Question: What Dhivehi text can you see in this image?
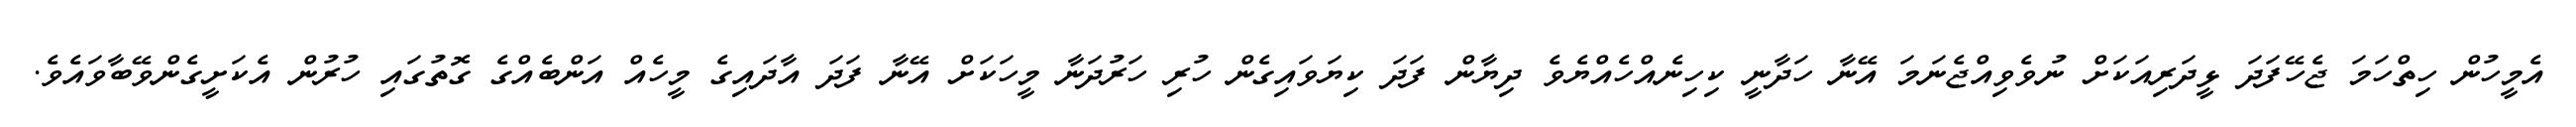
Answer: އެމީހުން ހިތްހަމަ ޖެހޭފަދަ ޅީދަރިއަކަށް ނުވެވިއްޖެނަމަ އޭނާ ހަދާނީ ކިހިނެއްހެއްޔެވެ ދިޔާން ފަދަ ކިޔަވައިގެން ހުރި ހަރުދަނާ މީހަކަށް އޭނާ ފަދަ އާދައިގެ މީހެއް އަންބެއްގެ ގޮތުގައި ހުރުން އެކަށީގެންވޭބާވައެވެ.